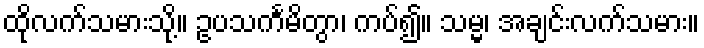
ထိုလက်သမားသို့။ ဥပသင်္ကမိတွာ၊ ကပ်၍။ သမ္မ၊ အချင်းလက်သမား။